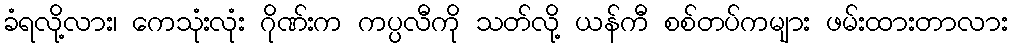
ခံရလို့လား၊ ကေသုံးလုံး ဂိုဏ်းက ကပ္ပလီကို သတ်လို့ ယန်ကီ စစ်တပ်ကများ ဖမ်းထားတာလား